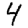
Digit: 4